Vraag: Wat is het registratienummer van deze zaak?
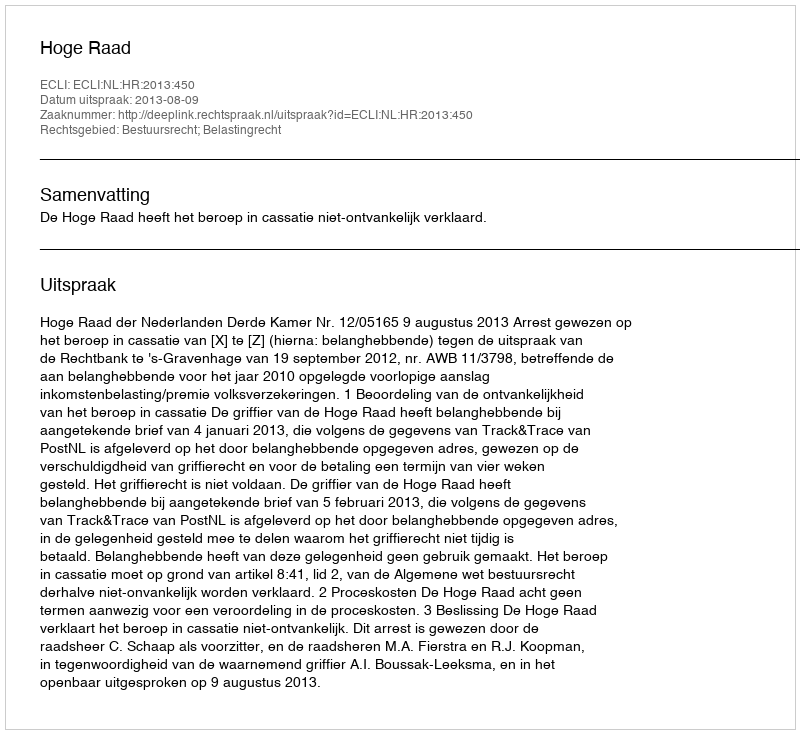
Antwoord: http://deeplink.rechtspraak.nl/uitspraak?id=ECLI:NL:HR:2013:450